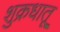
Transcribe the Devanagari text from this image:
शुक्रधातू